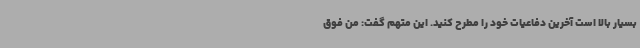
بسیار بالا است آخرین دفاعیات خود را مطرح کنید. این متهم گفت: من فوق